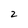
Character: 2